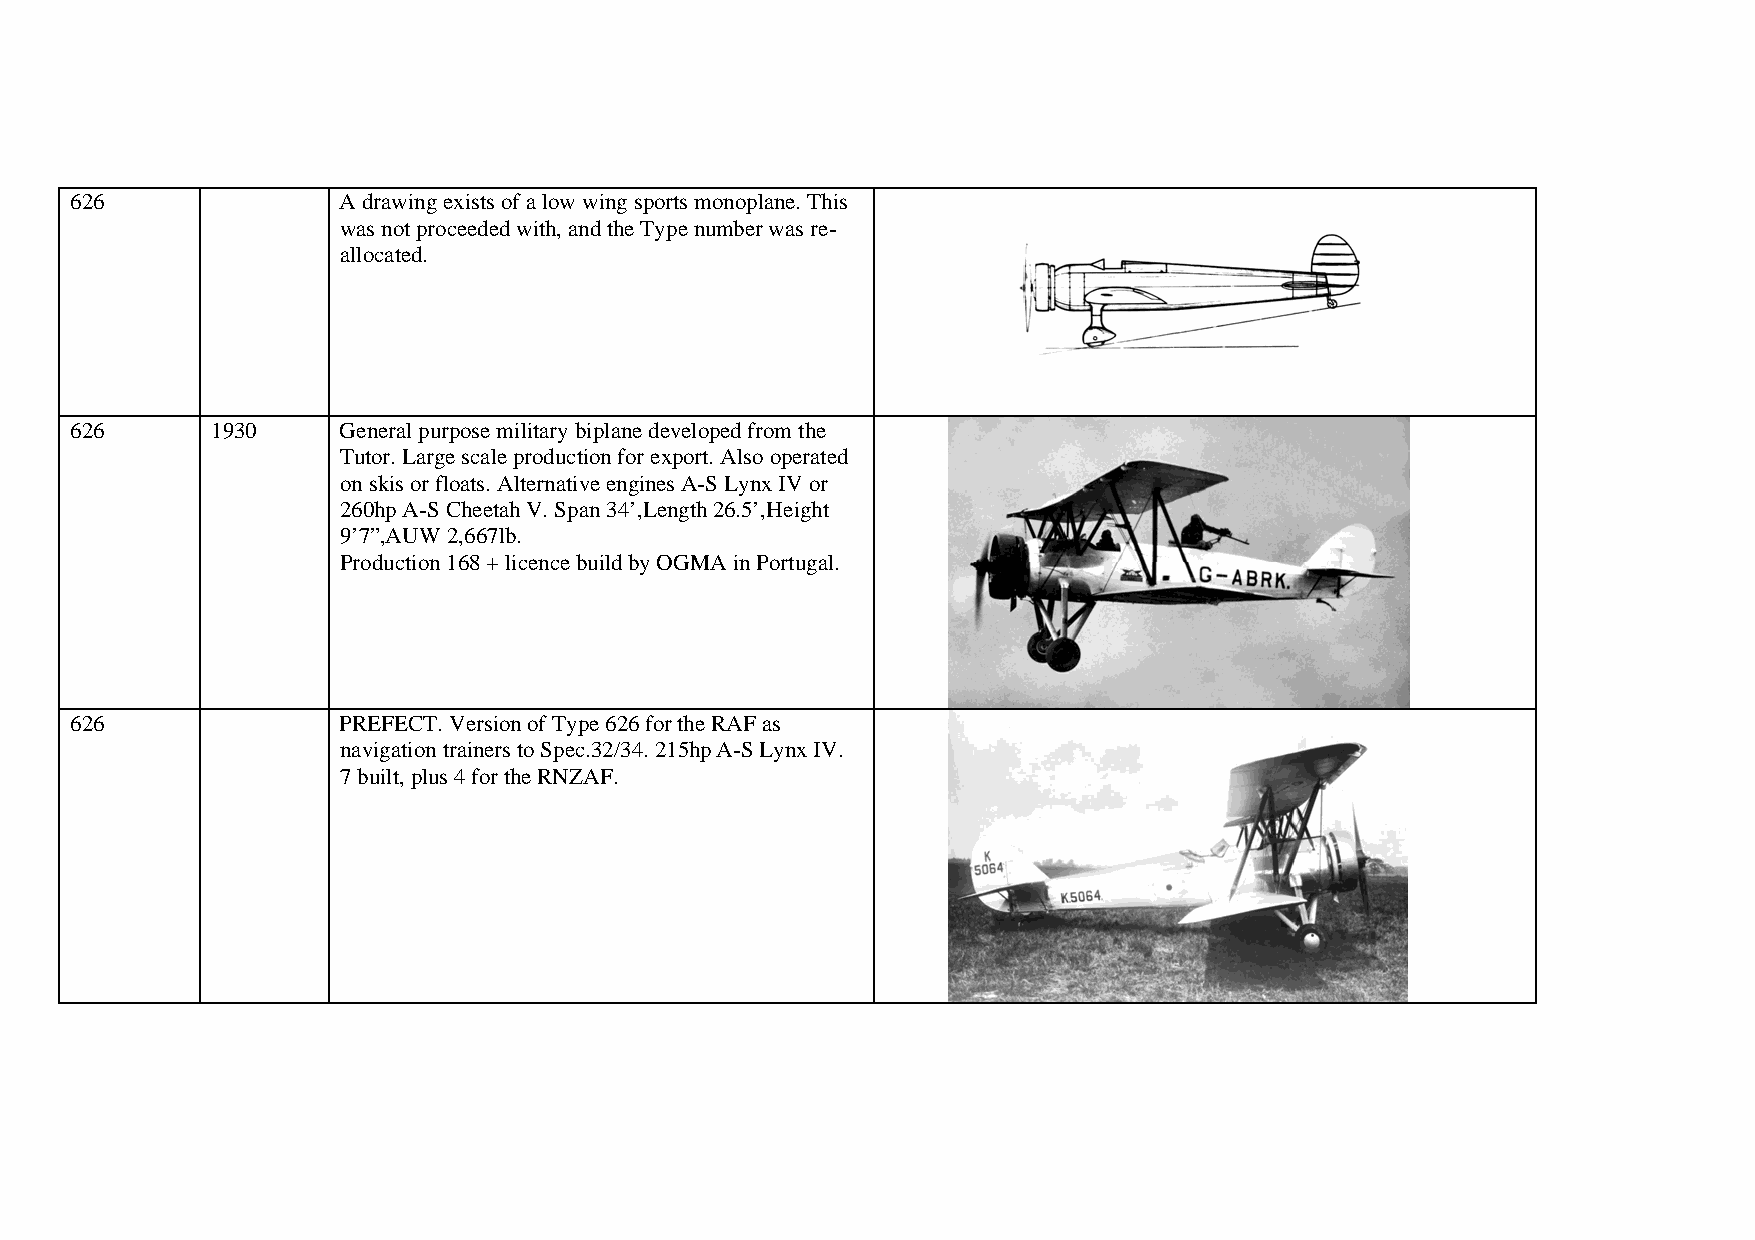
626              A drawing exists of a low wing sports monoplane. This
 was not proceeded with, and the Type number was re-
 allocated.
 626      1930    General purpose military biplane developed from the
 Tutor. Large scale production for export. Also operated
 on skis or floats. Alternative engines A-S Lynx IV or
 260hp A-S Cheetah V. Span 34’,Length 26.5’,Height
 9’7”,AUW 2,667lb.
 Production 168 + licence build by OGMA in Portugal.
 626              PREFECT. Version of Type 626 for the RAF as
 navigation trainers to Spec.32/34. 215hp A-S Lynx IV.
 7 built, plus 4 for the RNZAF.